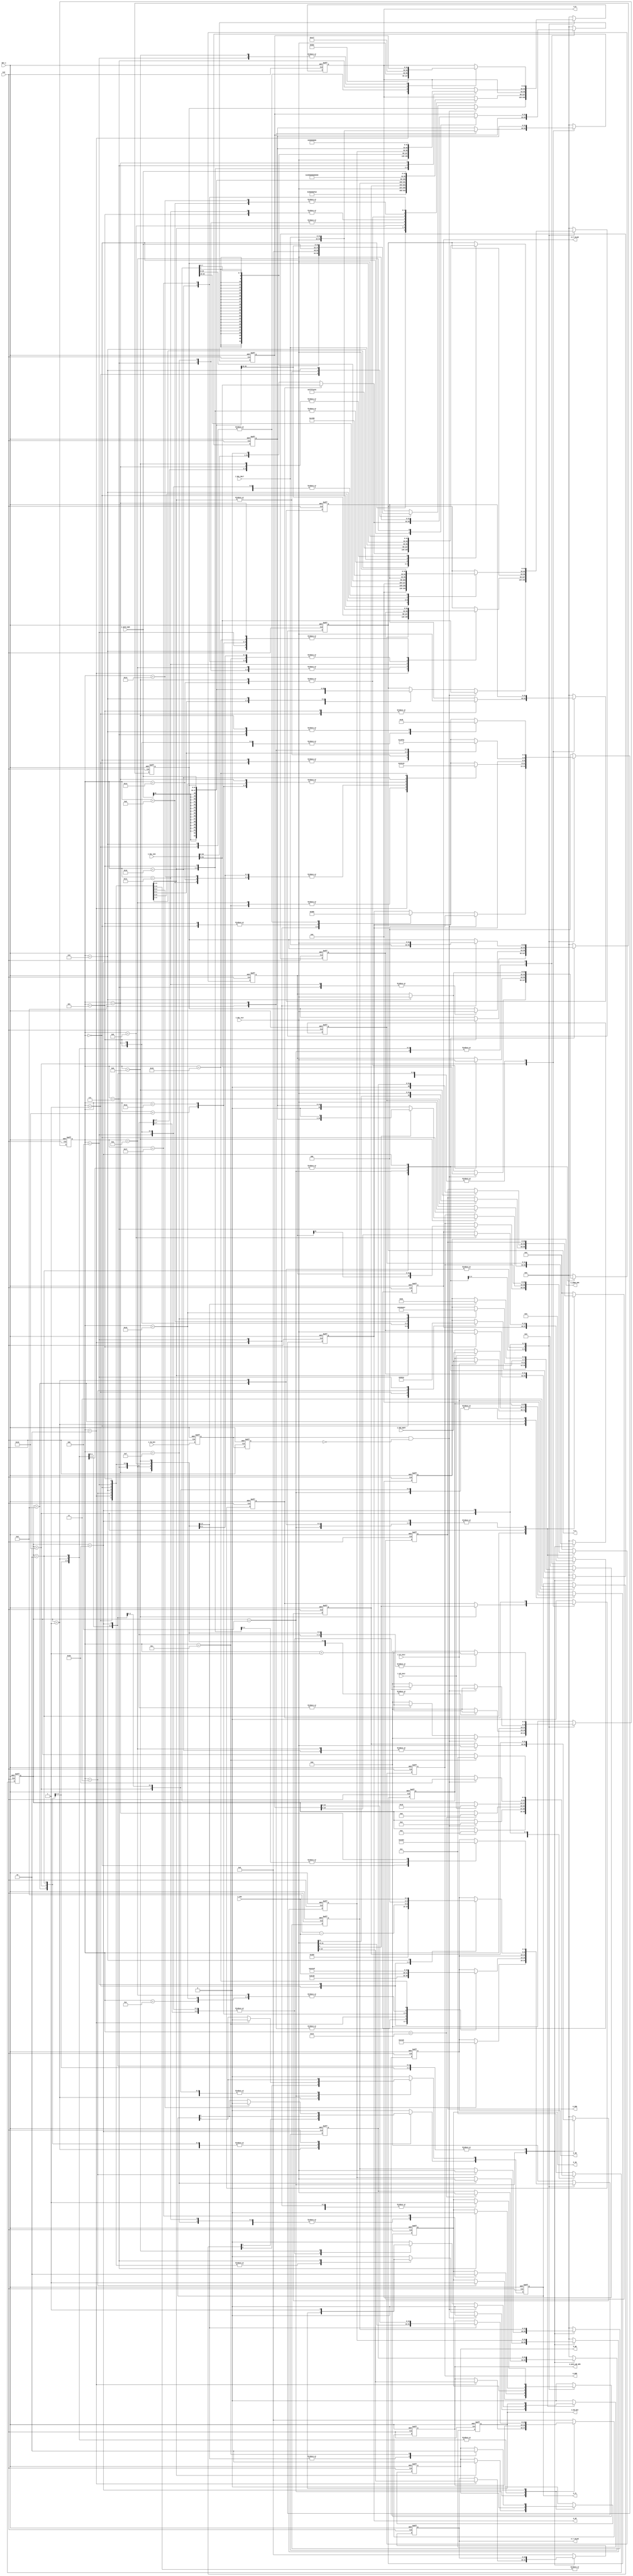
// command ALU
    `define ALU_ADD   3'b000
    `define ALU_ADDU  3'b001
    `define ALU_SLL   3'b010
    `define ALU_SRL   3'b011
    `define ALU_SLTU  3'b100
    `define ALU_SUBU  3'b101
    `define ALU_SUB   3'b110
    `define ALU_SRA   3'b111


module calc
    #(parameter ADDR_OPM_SZ = 4,  // addr width in RAM 
      parameter DATA_OPM_SZ = 16, // word width in RAM
      parameter DATA_ALU    = 32, // data ALU width
      parameter OP_SZ       = 3,  // aluControl width
      parameter SH_SZ       = 5,  // shift width
      parameter RXD_SZ      = 24, // buffer of received data from BMP180 (width)
      parameter DATA_DIV    = 33) // data div width
      (CLK, RST_n, I_RXD_BUFF, I_UT_CALC, I_UP_CALC, I_OSS, I_DATA_RAM, I_RSL_ALU, I_RSL_MULT, I_RSL_DIV, I_FN_DIV,
       O_WE, O_ADDR_OPM, O_DATA_WR_OPM, O_A, O_B, O_OP, O_SH, O_SG, O_EN_DIV, O_NUM, O_DEN, O_T_VALUE, O_P_VALUE, O_FL);
     
    
//  addr in RAM BMP180 reg 
    localparam AC1 = 4'd10;      // addr in RAM value reg AC1
    localparam AC2 = AC1 - 1'b1; // addr in RAM value reg AC2
    localparam AC3 = AC2 - 1'b1; // addr in RAM value reg AC3
    localparam AC4 = AC3 - 1'b1; // addr in RAM value reg AC4
    localparam AC5 = AC4 - 1'b1; // addr in RAM value reg AC5
    localparam AC6 = AC5 - 1'b1; // addr in RAM value reg AC6
    localparam B1  = AC6 - 1'b1; // addr in RAM value reg B1
    localparam B2  = B1  - 1'b1; // addr in RAM value reg B2
    localparam MB  = B2  - 1'b1; // addr in RAM value reg MB
    localparam MC  = MB  - 1'b1; // addr in RAM value reg MC
    localparam MD  = MC  - 1'b1; // addr in RAM value reg MD
//  addr in RAM current T and P
    localparam T_CURR = AC1 + 1'b1;    // addr in RAM value O_T_VALUE[15:0]
    localparam P_LSB  = T_CURR + 1'b1; // ddrr in RAM value O_P_VALUE[15:0]
    localparam P_MSB  = P_LSB + 1'b1;  // ddrr in RAM value O_P_VALUE[18:16]
//  description states FSM
    localparam ST_SZ     = 6;
    localparam IDLE_UT   = 6'b000001; // waiting I_UT_CALC
    localparam T_ST_CALC = 6'b000010; // start calculate true temperature
    localparam T_FN_CALC = 6'b000100; // finish calculate true temperature
    localparam IDLE_UP   = 6'b001000; // waiting I_UP_CALC
    localparam P_ST_CALC = 6'b010000; // start calculate true pressure
    localparam P_FN_CALC = 6'b100000; // finish calculate true pressure
//  input signals
    input wire                       CLK;        // clock 50 MHz
    input wire                       RST_n;      // asynchronous reset_n
    input wire [RXD_SZ-1:0]          I_RXD_BUFF; // buffer of received data from BMP180
    input wire                       I_UT_CALC;  // enable calc T
    input wire                       I_UP_CALC;  // enable calc P
    input [1:0]                      I_OSS;      // number OSS (0 or 1 or 2 or3)
    input wire [DATA_OPM_SZ-1:0]     I_DATA_RAM; // raeded word in RAM
    input wire [DATA_ALU-1:0]        I_RSL_ALU;  // result alu
    input wire [DATA_ALU-1:0]        I_RSL_MULT; // result mult
    input wire signed [DATA_DIV-1:0] I_RSL_DIV;  // result division 
    input wire                       I_FN_DIV;   // end of division
//  output signals
    output reg                   O_WE;          // WE RAM signal
    output reg [ADDR_OPM_SZ-1:0] O_ADDR_OPM;    // word addr in RAM
    output reg [DATA_OPM_SZ-1:0] O_DATA_WR_OPM; // word to write to RAM 
    output reg [DATA_ALU-1:0]    O_A;           // srcA
    output reg [DATA_ALU-1:0]    O_B;           // srcB
    output reg [OP_SZ-1:0]       O_OP;          // aluControl
    output reg [SH_SZ-1:0]       O_SH;          // shift
    output reg                   O_SG;          // singed mult
    output reg                   O_EN_DIV;      // enable devision
    output reg [DATA_DIV-1:0]    O_NUM;         // numerator
    output reg [DATA_DIV-1:0]    O_DEN;         // denomerator   
    output reg signed [15:0]     O_T_VALUE;     // current temperature
    output reg signed [18:0]     O_P_VALUE;     // current pressure    
    output reg [1:0]             O_FL;          // calc execution flag
//  internal signals
    reg [ST_SZ-1:0]           st;               // current state of FSM
    reg [ST_SZ-1:0]           nx_st;            // next state of FSM
    reg [RXD_SZ-1:0]          rxd_buff;         // buffer of received data from BMP180
    reg [RXD_SZ-1:0]          nx_rxd_buff;      // next buffer of received data from BMP18    
    reg [1:0]                 nx_o_fl;          // next calc execution flag
    reg                       nx_o_we;          // next WE RAM signal  
    reg [ADDR_OPM_SZ-1:0]     nx_o_addr_opm;    // next word addr in RAM
    reg [DATA_OPM_SZ-1:0]     nx_o_data_wr_opm; // next word to write to RAM
    reg [4:0]                 cnt_calc;         // operation counter calculation 
    reg [4:0]                 nx_cnt_calc;      // next operation counter calculation
    reg [DATA_ALU-1:0]        nx_o_a;           // next srcA
    reg [DATA_ALU-1:0]        nx_o_b;           // next srcB
    reg [OP_SZ-1:0]           nx_o_op;          // next aluControl
    reg [SH_SZ-1:0]           nx_o_sh;          // next shift  
    reg                       nx_o_sg;          // singed mult
    reg                       rsl_sltu;         // result ALU_SLTU for (17)
    reg                       nx_rsl_sltu;      // next result ALU_SLTU for (17)
    reg                       nx_o_en_div;      // next enable devision
    reg [DATA_DIV-1:0]        nx_o_num;         // next numerator 
    reg [DATA_DIV-1:0]        nx_o_den;         // next denomerator
    reg                       cr_i_fn_div;      // current I_FN_DIV
    reg                       pr_i_fn_div;      // previous I_FN_DIV
    wire                      rs_i_fn_div;      // rising edge I_FN_DIV
    reg signed [15:0]         ut_buff;          // buffer UT
    reg signed [15:0]         nx_ut_buff;       // next buffer UT
    reg signed [DATA_ALU-1:0] up_buff;          // buffer UP
    reg signed [DATA_ALU-1:0] nx_up_buff;       // next buffer UP
    reg signed [DATA_ALU-1:0] x1_buff;          // buffer X1
    reg signed [DATA_ALU-1:0] nx_x1_buff;       // next buffer X1
    reg signed [DATA_ALU-1:0] x1_1_buff;        // buffer X1_1 (intermediate results)
    reg signed [DATA_ALU-1:0] nx_x1_1_buff;     // next buffer X1_1 (intermediate results)
    reg signed [DATA_ALU-1:0] x2_buff;          // buffer X2  
    reg signed [DATA_ALU-1:0] nx_x2_buff;       // next buffer X2
    reg signed [DATA_ALU-1:0] x3_buff;          // buffer X3
    reg signed[DATA_ALU-1:0]  nx_x3_buff;       // next buffer X3
    reg signed [DATA_ALU-1:0] b3_buff;          // buffer B3
    reg signed [DATA_ALU-1:0] nx_b3_buff;       // next buffer B3
    reg [DATA_ALU-1:0]        b4_buff;          // buffer B4
    reg [DATA_ALU-1:0]        nx_b4_buff;       // next buffer B4
    reg signed [DATA_ALU-1:0] b5_buff;          // buffer B5
    reg signed [DATA_ALU-1:0] nx_b5_buff;       // next buffer B5
    reg signed [DATA_ALU-1:0] b6_buff;          // buffer B6
    reg signed [DATA_ALU-1:0] nx_b6_buff;       // next buffer B6
    reg [DATA_ALU-1:0]        b7_buff;          // buffer B7
    reg [DATA_ALU-1:0]        nx_b7_buff;       // next buffer B7
    reg signed [DATA_ALU-1:0] p_buff;           // buffer current pressure
    reg signed [DATA_ALU-1:0] nx_p_buff;        // buffer next pressure
    reg signed [15:0]         nx_o_t_value;     // next current temperature
    reg signed [18:0]         nx_o_p_value;     // next current pressure   

//  determining of rissing edge I_FN_DIV
    assign rs_i_fn_div = cr_i_fn_div & !pr_i_fn_div;
    
//  determining the next state of FSM and singals   
    always @(*) begin
      nx_st = st;
      nx_rxd_buff = rxd_buff;
      nx_o_fl = O_FL;
      nx_o_we = O_WE;  
      nx_o_addr_opm = O_ADDR_OPM;
      nx_o_data_wr_opm = O_DATA_WR_OPM;
      nx_cnt_calc = cnt_calc;
      nx_o_a = O_A;
      nx_o_b = O_B;
      nx_o_op = O_OP;
      nx_o_sh = O_SH;
      nx_o_sg = O_SG;
      nx_rsl_sltu = rsl_sltu;
      nx_o_en_div = O_EN_DIV;
      nx_o_num = O_NUM;
      nx_o_den = O_DEN;
      nx_ut_buff = ut_buff;
      nx_up_buff = up_buff;
      nx_x1_buff = x1_buff;
      nx_x1_1_buff = x1_1_buff;
      nx_x2_buff = x2_buff;
      nx_b5_buff = b5_buff;
      nx_b6_buff = b6_buff;
      nx_x3_buff = x3_buff;
      nx_b3_buff = b3_buff;
      nx_b4_buff = b4_buff;
      nx_b7_buff = b7_buff;
      nx_p_buff = p_buff;
      nx_o_t_value = O_T_VALUE;
      nx_o_p_value = O_P_VALUE;
      case (st)
          IDLE_UT   : begin
                        if (I_UT_CALC)
                          begin
                            nx_rxd_buff = I_RXD_BUFF;
                            nx_st = T_ST_CALC;
                            nx_o_fl = 2'b11;
                          end
                      end
          T_ST_CALC : begin
                        nx_cnt_calc = cnt_calc + 1'b1;
                        case (cnt_calc)
                            0       : begin                                          // MSB << 8; (1a)
                                        nx_o_a = rxd_buff[15:8];
                                        nx_o_sh = 8;
                                        nx_o_op = `ALU_SLL;
                                        nx_o_addr_opm = AC6;                         // unsigned short
                                      end
                            1       : begin                                          // (1a) + LSB; UT = MSB << 8 + LSB; (1) - long
                                        nx_o_a = I_RSL_ALU;
                                        nx_o_b = {{24{rxd_buff[7]}}, rxd_buff[7:0]};
                                        nx_o_op = `ALU_ADD;
                                        nx_o_addr_opm = AC5;                         // unsigned short
                                      end
                            2       : begin                                          // UT - AC6; (3a)
                                        nx_ut_buff = I_RSL_ALU[15:0];                // latching UT
                                        nx_o_a = I_RSL_ALU;
                                        nx_o_b = {16'b0, I_DATA_RAM};
                                        nx_o_op = `ALU_SUB;
                                      end
                            3       : begin                                          // (3a) * AC5; (3b)
                                        nx_o_a = I_RSL_ALU;
                                        nx_o_b = {16'b0, I_DATA_RAM};
                                        nx_o_sg = 1'b1;
                                        nx_o_addr_opm = MC;    
                                      end
                            4       : begin                                          // (3b) / 2^15; X1 = (UT - AC6) * AC5 / 2^15; (3) - long
                                        nx_o_a = I_RSL_MULT;
                                        nx_o_sh = 15;
                                        nx_o_op = `ALU_SRA;
                                        nx_o_addr_opm = MD;                          // short  
                                      end
                            5       : begin                                          // MC * 2^11; (4a)
                                        nx_x1_buff = I_RSL_ALU;                      // latching X1
                                        nx_o_a = {{16{I_DATA_RAM[15]}}, I_DATA_RAM};
                                        nx_o_sh = 11;
                                        nx_o_op = `ALU_SLL;
                                      end
                            6       : begin                                          // X1 + MD; (4b)
                                        nx_x2_buff = I_RSL_ALU;                      // latching X2
                                        nx_o_a = x1_buff;
                                        nx_o_b = {{16{I_DATA_RAM[15]}}, I_DATA_RAM};
                                        nx_o_op = `ALU_ADD;
                                      end
                            7       : begin                                          // (4a) / (4b); X2 = MC * 2^11 / (X1 + MD); (4) - long
                                        nx_o_num = {x2_buff[DATA_ALU-1], x2_buff};
                                        nx_o_den = {I_RSL_ALU[DATA_ALU-1], I_RSL_ALU};
                                        nx_o_en_div = 1'b1;
                                      end
                            default : begin
                                        nx_o_en_div = 1'b0;
                                        nx_cnt_calc = 5'b0;
                                      end 
                        endcase 
                        if (rs_i_fn_div)   // B5 = X1 + X2; (5) - long
                          begin
                            nx_x2_buff = I_RSL_DIV[DATA_ALU-1:0];  // latching X2
                            nx_o_a = I_RSL_DIV[DATA_ALU-1:0];
                            nx_o_b = x1_buff;
                            nx_o_op = `ALU_ADD;
                            nx_cnt_calc = 5'b0;
                            nx_o_en_div = 1'b0;
                            nx_st = T_FN_CALC;
                          end
                      end
          T_FN_CALC : begin
                        nx_cnt_calc = cnt_calc + 1'b1;
                        case (cnt_calc)
                            0       : begin                                          // B5 + 8; (6a)
                                        nx_b5_buff = I_RSL_ALU;                      // latching B5
                                        nx_o_a = I_RSL_ALU;
                                        nx_o_b = 8;
                                        nx_o_op = `ALU_ADD;
                                      end
                            1       : begin                                          // (6a) / 2^4; T = (B5 + 8) / 2^4 ; (6) - long
                                        nx_o_a = I_RSL_ALU;
                                        nx_o_sh = 4;
                                        nx_o_op = `ALU_SRA;
                                      end
                            2       : begin                                          // B6 = B5 - 4000; (7) - long
                                        nx_o_t_value = I_RSL_ALU[15:0];              // latching T
                                        nx_o_fl[0] = 1'b0;
                                        nx_o_a = b5_buff;
                                        nx_o_b = 4000;
                                        nx_o_op = `ALU_SUB;
                                        nx_o_addr_opm = T_CURR;
                                        nx_o_we = 1'b1;
                                        nx_o_data_wr_opm = I_RSL_ALU[15:0];
                                      end
                            3       : begin                                          // B6 * B6; (8a)
                                        nx_b6_buff = I_RSL_ALU;                      // latching B6
                                        nx_o_a = I_RSL_ALU;
                                        nx_o_b = I_RSL_ALU;
                                        nx_o_sg = 1'b1;
                                        nx_o_addr_opm = B2;                          // short 
                                        nx_o_we = 1'b0;
                                      end
                            4       : begin                                          // (8a) / 2^12; (8b)
                                        nx_o_a = I_RSL_MULT;
                                        nx_o_sh = 12;
                                        nx_o_op = `ALU_SRA; 
                                      end
                            5       : begin                                          // B2 * (8b); (8c)
                                        nx_x1_1_buff = I_RSL_ALU;                    // latching (8b)
                                        nx_o_a = I_RSL_ALU;
                                        nx_o_b = {{16{I_DATA_RAM[15]}}, I_DATA_RAM};
                                        nx_o_sg = 1'b1;
                                        nx_o_addr_opm = AC2;                         // short 
                                      end   
                            6       : begin                                          // (8c) / 2^11; X1 = (B2 * (B6 * B6 / 2^12)) / 2^11; (8) - long
                                        nx_o_a = I_RSL_MULT;
                                        nx_o_sh = 11;
                                        nx_o_op = `ALU_SRA;
                                      end                                               
                            7       : begin                                          // AC2 * B6; (9a)
                                        nx_x1_buff = I_RSL_ALU;                      // latching X1
                                        nx_o_a = {{16{I_DATA_RAM[15]}}, I_DATA_RAM};
                                        nx_o_b = b6_buff;
                                        nx_o_sg = 1'b1;
                                      end
                            8       : begin                                          // (9a) / 2^11; X2 = AC2 * B6 / 2^11; (9) - long
                                        nx_o_a = I_RSL_MULT;
                                        nx_o_sh = 11;
                                        nx_o_op = `ALU_SRA;
                                        nx_o_addr_opm = AC1;                         // short 
                                      end
                            9       : begin                                          // X3 = X1 + X2; (10) - long
                                        nx_x2_buff = I_RSL_ALU;                      // latching X2
                                        nx_o_a = I_RSL_ALU;
                                        nx_o_b = x1_buff;
                                        nx_o_op = `ALU_ADD;
                                      end
                            10      : begin                                          // AC1 * 4; (11a)
                                        nx_x3_buff = I_RSL_ALU;                      // latching X3
                                        nx_o_a = {{16{I_DATA_RAM[15]}}, I_DATA_RAM};
                                        nx_o_sh = 2;
                                        nx_o_op = `ALU_SLL;
                                      end
                            11      : begin                                          // (11a) + X3; (11b)
                                        nx_o_a = I_RSL_ALU;
                                        nx_o_b = x3_buff;
                                        nx_o_op = `ALU_ADD;
                                      end
                            12      : begin                                          // (11b) << OSS; (11c)
                                        nx_o_a = I_RSL_ALU;
                                        nx_o_sh = I_OSS;                  
                                        nx_o_op = `ALU_SLL;
                                      end
                            13      : begin                                          // (11c) + 2; (11d)
                                        nx_o_a = I_RSL_ALU;
                                        nx_o_b = 2;
                                        nx_o_op = `ALU_ADD;
                                        nx_o_addr_opm = AC3;                         // short 
                                      end
                            14      : begin                                          // (11d) / 4; B3 = (((AC1 * 4 + X3) << OSS) + 2) / 4; (11) - long
                                        nx_o_a = I_RSL_ALU;
                                        nx_o_sh = 2;
                                        nx_o_op = `ALU_SRA;
                                      end
                            15      : begin                                          // AC3 * B6; (12a)
                                        nx_b3_buff = I_RSL_ALU;                      // latching B3
                                        nx_o_a = {{16{I_DATA_RAM[15]}}, I_DATA_RAM};
                                        nx_o_b = b6_buff;
                                        nx_o_sg = 1'b1;
                                        nx_o_addr_opm = B1;                          // short 
                                      end
                            16      : begin                                          // (12a) / 2^13; X1 = AC3 * B6 / 2^13; (12) - long
                                        nx_o_a = I_RSL_MULT;
                                        nx_o_sh = 13;
                                        nx_o_op = `ALU_SRA;
                                      end
                            17      : begin                                          // B1 * (B6 * B6 / 2^12); (13a)
                                        nx_x1_buff = I_RSL_ALU;                      // latching X1
                                        nx_o_a = x1_1_buff;
                                        nx_o_b = {{16{I_DATA_RAM[15]}}, I_DATA_RAM};
                                        nx_o_sg = 1'b1;
                                      end
                            18      : begin                                          // (13a) / 2^16; X2 = (B1 * (B6 * B6 / 2^12)) / 2^16; (13) - long
                                        nx_o_a = I_RSL_MULT;
                                        nx_o_sh = 16;
                                        nx_o_op = `ALU_SRA;
                                      end                                               
                            19      : begin                                          // X1 + X2; (14a)
                                        nx_x2_buff = I_RSL_ALU;                      // latching X2
                                        nx_o_a = I_RSL_ALU;
                                        nx_o_b = x1_buff;
                                        nx_o_op = `ALU_ADD;
                                      end
                            20      : begin                                          // (14a) + 2; (14b)
                                        nx_o_a = I_RSL_ALU;
                                        nx_o_b = 2;
                                        nx_o_op = `ALU_ADD;
                                      end
                            21      : begin                                          // (14b) / 2^2; X3 = ((X2 + X2) + 2) / 2^2; (14) - long
                                        nx_o_a = I_RSL_ALU;
                                        nx_o_sh = 2;
                                        nx_o_op = `ALU_SRA;
                                        nx_o_addr_opm = AC4;                         // unsigned short 
                                      end
                            22      : begin                                          // (unsigned long)(X3 + 32768); (15a)
                                        nx_x3_buff = I_RSL_ALU;                      // latching X3
                                        nx_o_a = I_RSL_ALU;
                                        nx_o_b = 32768;
                                        nx_o_op = `ALU_ADDU;
                                      end
                            23      : begin                                          // (15a) * AC4; (15b)
                                        nx_o_a = I_RSL_ALU;
                                        nx_o_b = {16'b0, I_DATA_RAM};
                                        nx_o_sg = 1'b0;
                                      end
                            24      : begin                                          // (15b) / 2^15; B4 = AC4 * (unsigned)(X3 + 32768) / 2^15; (15) - unsigned long
                                        nx_o_a = I_RSL_MULT;
                                        nx_o_sh = 15;
                                        nx_o_op = `ALU_SRL;
                                      end                                               
                            25      : begin
                                        nx_b4_buff = I_RSL_ALU;                      // latching B4
                                        nx_cnt_calc = 5'b0;
                                        nx_st = IDLE_UP;
                                      end 
                            default : begin
                                        nx_cnt_calc = 5'b0;
                                      end  
                        endcase          
                      end
          IDLE_UP   : begin
                        if (I_UP_CALC)
                          begin
                            nx_rxd_buff = I_RXD_BUFF;
                            nx_st = P_ST_CALC;
                          end                             
                      end
          P_ST_CALC : begin
                        nx_cnt_calc = cnt_calc + 1'b1;
                        case (cnt_calc)
                            0       : begin                                          // MSB << 16; (2a)
                                        nx_o_a = rxd_buff[23:16];
                                        nx_o_sh = 16;
                                        nx_o_op = `ALU_SLL;
                                      end
                            1       : begin                                          // LSB << 8; (2b)
                                        nx_up_buff = I_RSL_ALU;                      // latching UP
                                        nx_o_a = rxd_buff[15:8];
                                        nx_o_sh = 8;
                                        nx_o_op = `ALU_SLL;
                                      end
                            2       : begin                                          // (2a) + (2b); (2c)
                                        nx_o_a = up_buff;
                                        nx_o_b = I_RSL_ALU;
                                        nx_o_op = `ALU_ADD;
                                      end
                            3       : begin                                          // (2c) + XLSB; (2d)
                                        nx_o_a = I_RSL_ALU;
                                        nx_o_b = {{24{rxd_buff[7]}}, rxd_buff[7:0]};
                                        nx_o_op = `ALU_ADD;
                                      end
                            4       : begin                                          // (2d) >> (8 - oss); UP = (MSB << 16 + LSB << 8 + XLSB) >> (8 - oss); (2) - long
                                        nx_o_a = I_RSL_ALU;
                                        nx_o_sh = 4'd8 - I_OSS;
                                        nx_o_op = `ALU_SRA;                                      
                                      end
                            5       : begin                                          // (unsigned)UP - B3; (16a)
                                        nx_up_buff = I_RSL_ALU;                      // latching UP
                                        nx_o_a = I_RSL_ALU;
                                        nx_o_b = b3_buff;
                                        nx_o_op = `ALU_SUBU;
                                      end
                            6       : begin                                          // 50_000 >> OSS; (16b)
                                        nx_b7_buff = I_RSL_ALU;                      // latching B7
                                        nx_o_a = 50000;
                                        nx_o_sh = I_OSS;
                                        nx_o_op = `ALU_SRL;
                                      end
                            7       : begin                                          // (16a) * (16b); B7 = ((unsigned)UP - B3) * (50_000 >> OSS); (16) - unsigned long
                                        nx_o_a = I_RSL_ALU;
                                        nx_o_b = b7_buff;
                                        nx_o_sg = 1'b0;
                                      end    
                            8       : begin
                                        nx_b7_buff = I_RSL_MULT;
                                        nx_o_a = I_RSL_ALU;
                                        nx_o_b = 32'h80000000;
                                        nx_o_op = `ALU_SLTU;
                                      end
                                      
                            9       : begin
                                        nx_o_den = {1'b0, b4_buff};
                                        nx_o_en_div = 1'b1;
                                        nx_cnt_calc = 5'b0;
                                        nx_rsl_sltu = I_RSL_ALU[0];
                                        if (I_RSL_ALU[0])                            // p = (B7 * 2) / B4; (17) - long     
                                          nx_o_num = {b7_buff, 1'b0};                // B7 * 2; (17a) //     div32 
                                        else                                         // p = (B7 / B4); (17) - long
                                          nx_o_num = {1'b0, b7_buff};                
                                      end                                                                                            
                            default : begin
                                        nx_o_en_div = 1'b0;
                                        nx_cnt_calc = 5'b0;
                                      end                                                                                   
                        endcase  
                        if (rs_i_fn_div)
                          begin
                            nx_o_en_div = 1'b0;
                            nx_st = P_FN_CALC;
                            nx_cnt_calc = 5'b0;
                          end
                      end
          P_FN_CALC : begin
                        nx_cnt_calc = cnt_calc + 1'b1;
                        case (cnt_calc)
                            0       : begin                                              // p / 2^8; (18a)
                                        nx_o_sh = 8;
                                        nx_o_op = `ALU_SRA;
                                        if (rsl_sltu) 
                                          begin
                                            nx_p_buff = I_RSL_DIV[DATA_ALU-1:0];         // latching p 
                                            nx_o_a = I_RSL_DIV[DATA_ALU-1:0];
                                          end
                                        else                        
                                          begin
                                            nx_p_buff = {I_RSL_DIV[DATA_ALU-2:0], 1'b0}; // latching p
                                            nx_o_a = {I_RSL_DIV[DATA_ALU-2:0], 1'b0};
                                          end
                                      end                        
                            1       : begin                              // (18a) * (18a); X1 = (p / 2^11) * (p / 2^11); (18) - long
                                        nx_o_a = I_RSL_ALU;
                                        nx_o_b = I_RSL_ALU;
                                        nx_o_sg = 1'b1;
                                      end
                            2       : begin                              // X1 * 3038; (19a)
                                        nx_x1_buff = I_RSL_MULT;         // latching X1
                                        nx_o_a = I_RSL_MULT;
                                        nx_o_b = 3038;
                                        nx_o_sg = 1'b1;
                                      end
                            3       : begin                              // (19a) / 2^16; X1 = (X1 * 3038) / 2^16; (19) - long
                                        nx_o_a = I_RSL_MULT;
                                        nx_o_sh = 16;
                                        nx_o_op = `ALU_SRA;
                                      end
                            4       : begin                              // -7357 * p; (20a);
                                        nx_x1_buff = I_RSL_ALU;          // latching X1
                                        nx_o_a = -32'd7357;              // -7357
                                        nx_o_b = p_buff;
                                        nx_o_sg = 1'b1;
                                      end
                            5       : begin                              // (20a) / 2^16; X2 = (-7357 * p) / 2^16; (20) - long
                                        nx_o_a = I_RSL_MULT;
                                        nx_o_sh = 16;
                                        nx_o_op = `ALU_SRA;
                                      end                                               
                            6       : begin                              // X1 + X2; (21a)
                                        nx_x2_buff = I_RSL_ALU;          // latching X2 
                                        nx_o_a = x1_buff;
                                        nx_o_b = I_RSL_ALU;
                                        nx_o_op = `ALU_ADD;
                                      end
                            7       : begin                              // (21a) + 3791; (21b)
                                        nx_o_a = I_RSL_ALU;
                                        nx_o_b = 3791;
                                        nx_o_op = `ALU_ADD;
                                      end
                            8       : begin                              // (21b) / 2^4; (21c)
                                        nx_o_a = I_RSL_ALU;
                                        nx_o_sh = 4;
                                        nx_o_op = `ALU_SRA;
                                      end
                            9       : begin                              // (21c) + p; p = p + (X2 + X2 + 3791) / 2^4; (21) - long
                                        nx_o_a = I_RSL_ALU;
                                        nx_o_b = p_buff;
                                        nx_o_op = `ALU_ADD;
                                      end
                            10      : begin
                                        nx_p_buff = I_RSL_ALU;           // latching p
                                        nx_o_addr_opm = P_MSB;
                                        nx_o_we = 1'b1;
                                        nx_o_data_wr_opm = I_RSL_ALU[31:16];                                                 
                                      end
                            11      : begin
                                        nx_o_p_value = p_buff[18:0];     // latching p
                                        nx_o_addr_opm = P_LSB;
                                        nx_o_we = 1'b1;
                                        nx_o_data_wr_opm = p_buff[15:0];                                                   
                                      end
                            12      : begin
                                        nx_cnt_calc = 5'b0;
                                        nx_o_we = 1'b0;
                                        nx_st = IDLE_UT;
                                        nx_o_fl[1] = 1'b0;                                        
                                      end
                            default : begin
                                        nx_cnt_calc = 5'b0;
                                      end
                        endcase         
                      end
          default   : begin
                        nx_st = IDLE_UT;
                        nx_rxd_buff = {RXD_SZ{1'b0}};
                        nx_o_fl = 2'b0;
                        nx_o_we = 1'b0;
                        nx_o_addr_opm = {ADDR_OPM_SZ{1'b0}};
                        nx_o_data_wr_opm = {DATA_OPM_SZ{1'b0}}; 
                        nx_cnt_calc = 5'b0;
                        nx_o_a = {DATA_ALU{1'b0}};
                        nx_o_b = {DATA_ALU{1'b0}};
                        nx_o_op = {OP_SZ{1'b0}};
                        nx_o_sh = {SH_SZ{1'b0}};
                        nx_o_sg = 1'b0;
                        nx_rsl_sltu = 1'b0;
                        nx_o_en_div = 1'b0;
                        nx_o_num = {DATA_DIV{1'b0}};
                        nx_o_den = {DATA_DIV{1'b0}};
                        nx_ut_buff = 16'b0;
                        nx_up_buff = {DATA_ALU{1'b0}};
                        nx_x1_buff = {DATA_ALU{1'b0}};
                        nx_x1_1_buff = {DATA_ALU{1'b0}};
                        nx_x2_buff = {DATA_ALU{1'b0}};
                        nx_b5_buff = {DATA_ALU{1'b0}};
                        nx_b6_buff = {DATA_ALU{1'b0}};
                        nx_x3_buff = {DATA_ALU{1'b0}};
                        nx_b3_buff = {DATA_ALU{1'b0}};
                        nx_b4_buff = {DATA_ALU{1'b0}};
                        nx_b7_buff = {DATA_ALU{1'b0}};
                        nx_p_buff = {DATA_ALU{1'b0}};
                        nx_o_t_value = 16'b0;
                        nx_o_p_value = 19'b0;
                      end
      endcase
    end 
    
//  latching the next state of FSM and signals, every clock     
    always @(posedge CLK or negedge RST_n) begin
      if (!RST_n)
        begin
          st            <= IDLE_UT;     
          rxd_buff      <= {RXD_SZ{1'b0}};          
          O_FL          <= 2'b0;
          O_WE          <= 1'b0;          
          O_ADDR_OPM    <= {ADDR_OPM_SZ{1'b0}};
          O_DATA_WR_OPM <= {DATA_OPM_SZ{1'b0}};
          cnt_calc      <= 5'b0;
          O_A           <= {DATA_ALU{1'b0}};
          O_B           <= {DATA_ALU{1'b0}};
          O_OP          <= {OP_SZ{1'b0}};
          O_SH          <= {SH_SZ{1'b0}};
          O_SG          <= 1'b0;
          rsl_sltu      <= 1'b0;
          O_EN_DIV      <= 1'b0;
          O_NUM         <= {DATA_DIV{1'b0}};
          O_DEN         <= {DATA_DIV{1'b0}};
          cr_i_fn_div   <= 1'b0;
          pr_i_fn_div   <= 1'b0;
          ut_buff       <= 16'b0;
          up_buff       <= {DATA_ALU{1'b0}};
          x1_buff       <= {DATA_ALU{1'b0}};
          x1_1_buff     <= {DATA_ALU{1'b0}};
          x2_buff       <= {DATA_ALU{1'b0}};
          b5_buff       <= {DATA_ALU{1'b0}};
          b6_buff       <= {DATA_ALU{1'b0}};
          x3_buff       <= {DATA_ALU{1'b0}};
          b3_buff       <= {DATA_ALU{1'b0}};
          b4_buff       <= {DATA_ALU{1'b0}};
          b7_buff       <= {DATA_ALU{1'b0}};
          p_buff        <= {DATA_ALU{1'b0}};
          O_T_VALUE     <= 16'b0;
          O_P_VALUE     <= 19'b0;
        end
      else
        begin
          st            <= nx_st;        
          rxd_buff      <= nx_rxd_buff;            
          O_FL          <= nx_o_fl;
          O_WE          <= nx_o_we;          
          O_ADDR_OPM    <= nx_o_addr_opm; 
          O_DATA_WR_OPM <= nx_o_data_wr_opm;
          cnt_calc      <= nx_cnt_calc;
          O_A           <= nx_o_a;
          O_B           <= nx_o_b;
          O_OP          <= nx_o_op;
          O_SH          <= nx_o_sh;
          O_SG          <= nx_o_sg;
          rsl_sltu      <= nx_rsl_sltu;
          O_EN_DIV      <= nx_o_en_div;
          O_NUM         <= nx_o_num;
          O_DEN         <= nx_o_den;
          cr_i_fn_div   <= I_FN_DIV;
          pr_i_fn_div   <= cr_i_fn_div;
          ut_buff       <= nx_ut_buff;
          up_buff       <= nx_up_buff;
          x1_buff       <= nx_x1_buff;
          x1_1_buff     <= nx_x1_1_buff;
          x2_buff       <= nx_x2_buff;
          b5_buff       <= nx_b5_buff;
          b6_buff       <= nx_b6_buff;
          x3_buff       <= nx_x3_buff;
          b3_buff       <= nx_b3_buff;
          b4_buff       <= nx_b4_buff;
          b7_buff       <= nx_b7_buff;
          p_buff        <= nx_p_buff;
          O_T_VALUE     <= nx_o_t_value;
          O_P_VALUE     <= nx_o_p_value;
        end
    end


endmodule